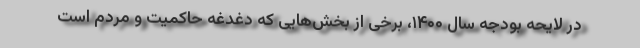
در لایحه بودجه سال ۱۴۰۰، برخی از بخش‌هایی که دغدغه حاکمیت و مردم است